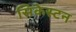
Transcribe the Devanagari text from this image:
सिकेस्टन